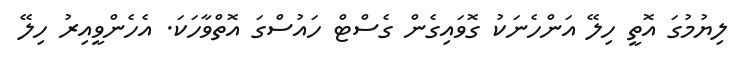
ލިޔުމުގަ އޮތީ ހިލޭ އަންހެނަކު ގޮވައިގެން ގެސްޓް ހައުސްގަ އޮތްވާހަކަ. އެހެންވީއިރު ހިލޭ